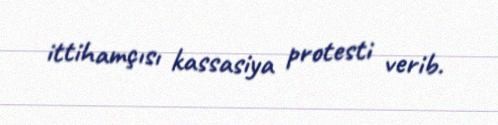
ittihamçısı kassasiya protesti verib.